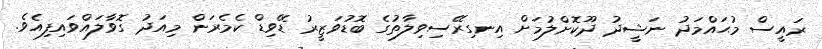
ރައީސް މުޙައްމަދު ނަޝީދު ދޫކޮށްލުމަށް އިނގިރޭސިވިލާތުގެ ބޮޑުވަޒީރު ޑޭވިޑް ކެމެރަން މިއަދު ގޮވާލައްވައިފިއެވެ.